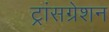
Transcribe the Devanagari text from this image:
ट्रांसग्रेशन